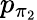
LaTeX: p_{\pi_{2}}